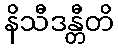
နိသီဒန္တီတိ